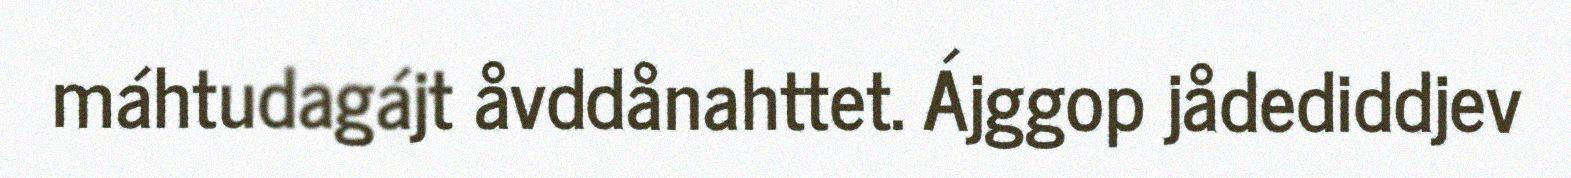
máhtudagájt åvddånahttet. Ájggop jådediddjev